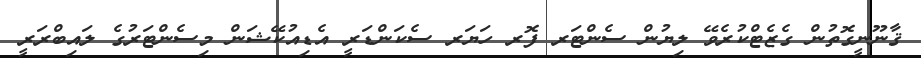
ޤާނޫނީގޮތުން ގެޒެޓްކުރެވޭ ލިޔުން ސެންޓަރ ފޮރ ހަޔަރ ސެކަންޑަރީ އެޑިއުކޭޝަން މިސެންޓަރުގެ ލައިބްރަރީ